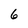
Character: 6